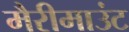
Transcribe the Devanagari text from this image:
मैरीमाउंट